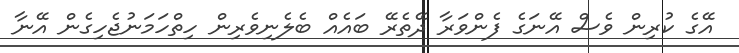
އޭގެ ކުރިން ވެސް އޭނަގެ ފެންވަރާ ދޭތެރޭ ބައެއް ބެލެނިވެރިން ހިތްހަމަނުޖެހިގެން އޭނާ